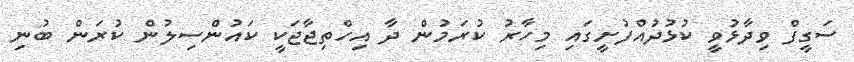
ސަގީފް ވިދާޅުވީ ކުޅުދުއްފުށީގައި މިހާރު ކުރަމުން ދާ އިހްތިޖާޖަކީ ކައުންސިލުން ކުރަން ބުނި